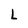
Character: L